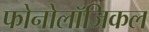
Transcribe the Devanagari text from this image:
फोनोलॉजिकल